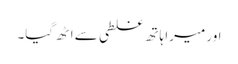
اور میرا ہاتھ غلطی سے اٹھ گیا۔